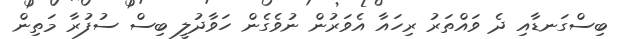
ބިސްގަނޑާއި ދެ ވައްތަރު ރިހައާ އެވަރުން ނުވެގެން ހަވާދުލީ ބިސް ސުފުރާ މަތިން